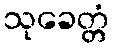
သုခေတ္တံ